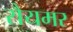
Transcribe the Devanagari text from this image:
रौयमर